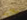
سلايد